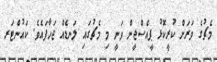
މެޗުގެ ވަރަށް ކުރީކޮޅު ޕީއެސްޖީން ވަނީ މި މެޗުގައި ލަނޑެއް ޖަހާފައެވެ. ކައުންޓަރ